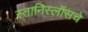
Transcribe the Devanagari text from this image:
स्तानिस्लॉसचे